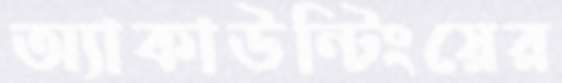
অ্যাকাউন্টিংয়ের